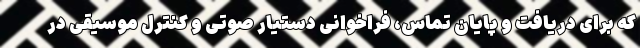
که برای دریافت و پایان تماس، فراخوانی دستیار صوتی و کنترل موسیقی در